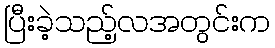
ပြီးခဲ့သည့်လအတွင်းက